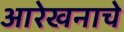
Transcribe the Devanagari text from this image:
आरेखनाचे